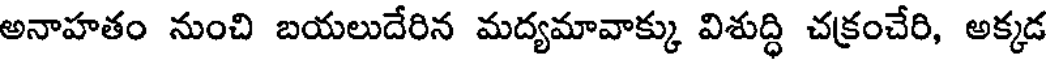
అనాహతం నుంచి బయలుదేరిన మద్యమావాక్కు విశుద్ధి చక్రంచేరి, అక్కడ